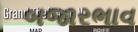
બજારભાવ